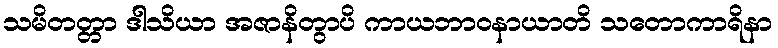
သမိတတ္တာ ဒါသိယာ အဇာနိတွာပိ ကာယဘာဝနာယာတိ သတောကာရိနာ